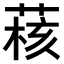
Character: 𫈺